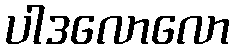
ပါဒလောလော